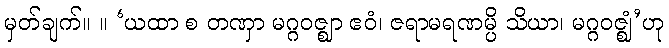
မှတ်ချက်။ ။ ‘ယထာ စ တဏှာ မဂ္ဂဝဇ္ဈာ ဧဝံ၊ ဇရာမရဏမ္ပိ သိယာ၊ မဂ္ဂဝဇ္ဈံ’ဟု